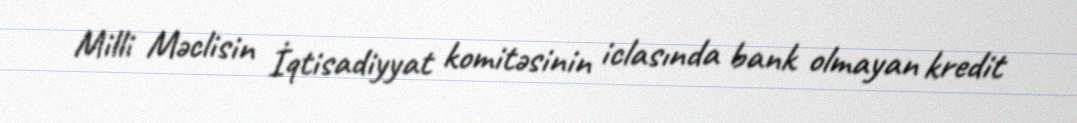
Milli Məclisin İqtisadiyyat komitəsinin iclasında bank olmayan kredit